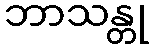
ဘာသန္တု